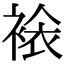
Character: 𧛄